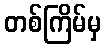
တစ်ကြိမ်မှ